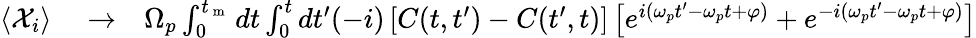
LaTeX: \begin{array}{rlr}{\left<{\mathcal X}_{i}\right>}&{{}\rightarrow}&{\Omega_{p}\int_{0}^{t_{\mathrm{~m~}}}dt\int_{0}^{t}dt^{\prime}(-i)\left[C(t,t^{\prime})-C(t^{\prime},t)\right]\left[e^{i\left(\omega_{p}t^{\prime}-\omega_{p}t+\varphi\right)}+e^{-i\left(\omega_{p}t^{\prime}-\omega_{p}t+\varphi\right)}\right]}\end{array}